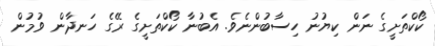
ކޯކްތަށީގެ ނަން ކިޔުނު ހިސާބުންނެވެ. އެބުނާ ކޯކްތަށީގެ ރޭގެ ހަނދާން ވުމުން